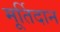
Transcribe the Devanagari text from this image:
मूर्तिदान